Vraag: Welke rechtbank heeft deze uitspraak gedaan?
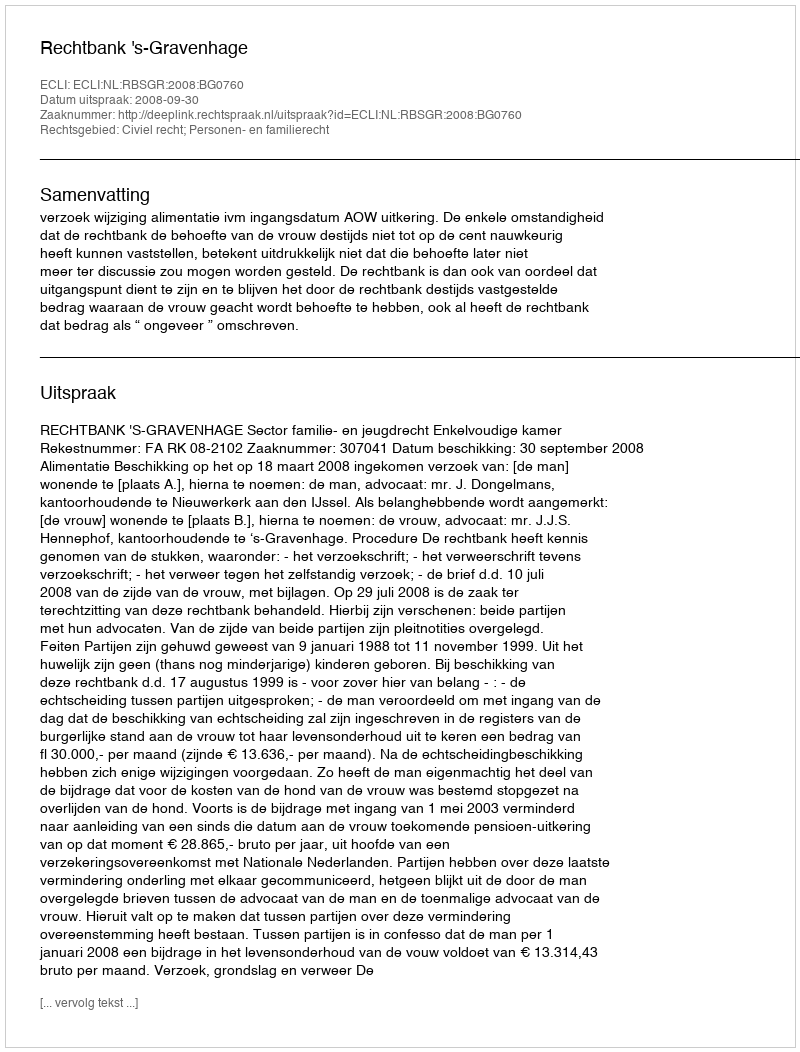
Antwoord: Rechtbank 's-Gravenhage